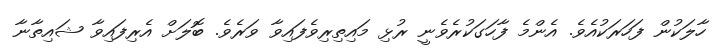
ހާލަކުން ފަހަރަކުއެވެ. އެންމެ ފާހަގަކުރެވެނީ ރުޅި މައިތިރިވެފައިވާ ވަރެވެ. ބޮލަށް އެރިފައިވާ ޝައިތާނާ